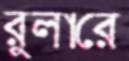
রুলারে